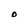
Character: D